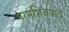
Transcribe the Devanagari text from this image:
परमशिवपाद